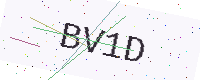
Text: BV1D